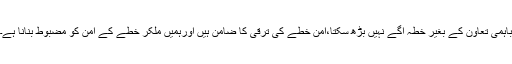
باہمی تعاون کے بغیر خطہ آگے نہیں بڑھ سکتا،امن خطے کی ترقی کا ضامن ہیں اورہمیں ملکر خطے کے امن کو مضبوط بنانا ہے۔